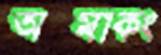
অস্মাকং